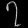
Digit: ၇